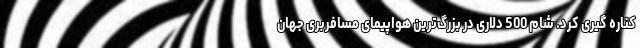
کناره گیری کرد. شام 500 دلاری در بزرگ‌ترین هواپیمای مسافربری جهان